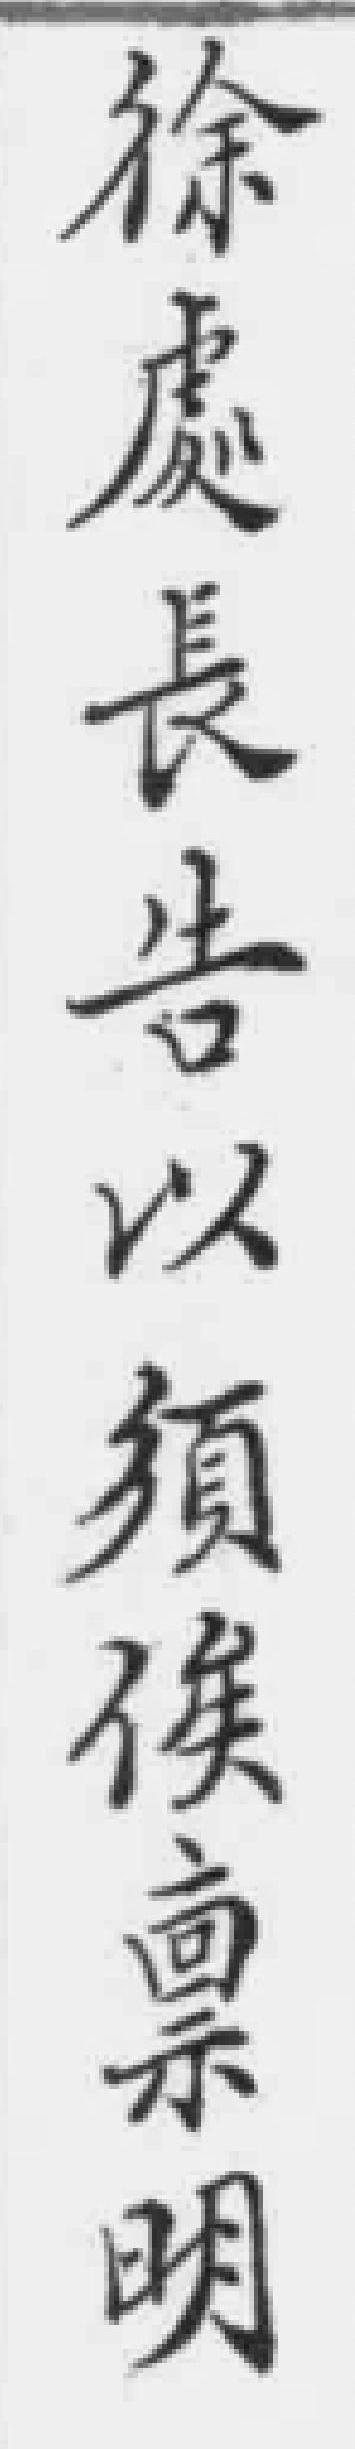
徐處長告以須俟稟明